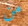
من